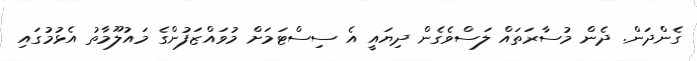
ގެންދަން. ދެން މުސާރަތައް ލަސްވެގެން ދިޔައީ އެ ސިސްޓަމަށް މުވައްޒަފުންގެ މައުލޫމާތު އެޅުމުގައި